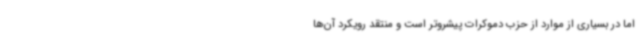
اما در بسیاری از موارد از حزب دموکرات پیشروتر است و منتقد رویکرد آن‌ها